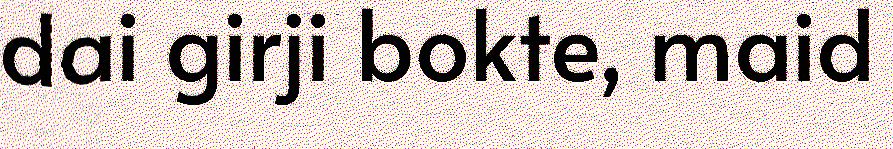
dai girji bokte, maid